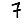
Digit: 7